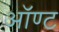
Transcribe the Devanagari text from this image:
ऑण्ट